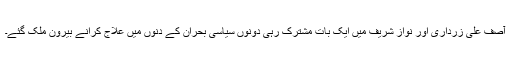
آصف علی زرداری اور نواز شریف میں ایک بات مشترک رہی دونوں سیاسی بحران کے دنوں میں علاج کرانے بیرون مُلک گئے۔